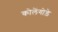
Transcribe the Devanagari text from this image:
कोलेंगोड़े